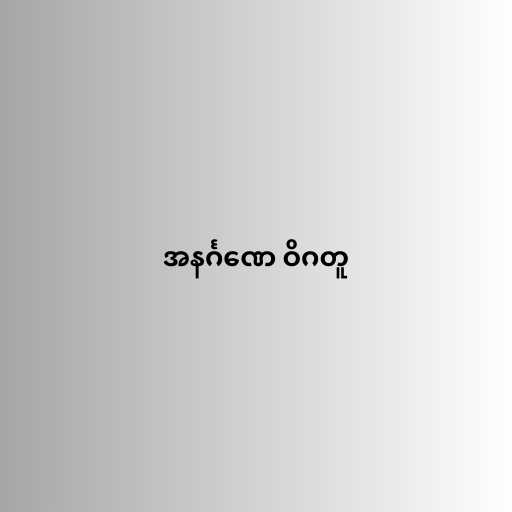
အနင်္ဂဏေ ဝိဂတူ